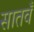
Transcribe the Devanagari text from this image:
सातवँ